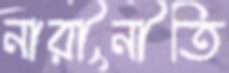
নারীনীতি